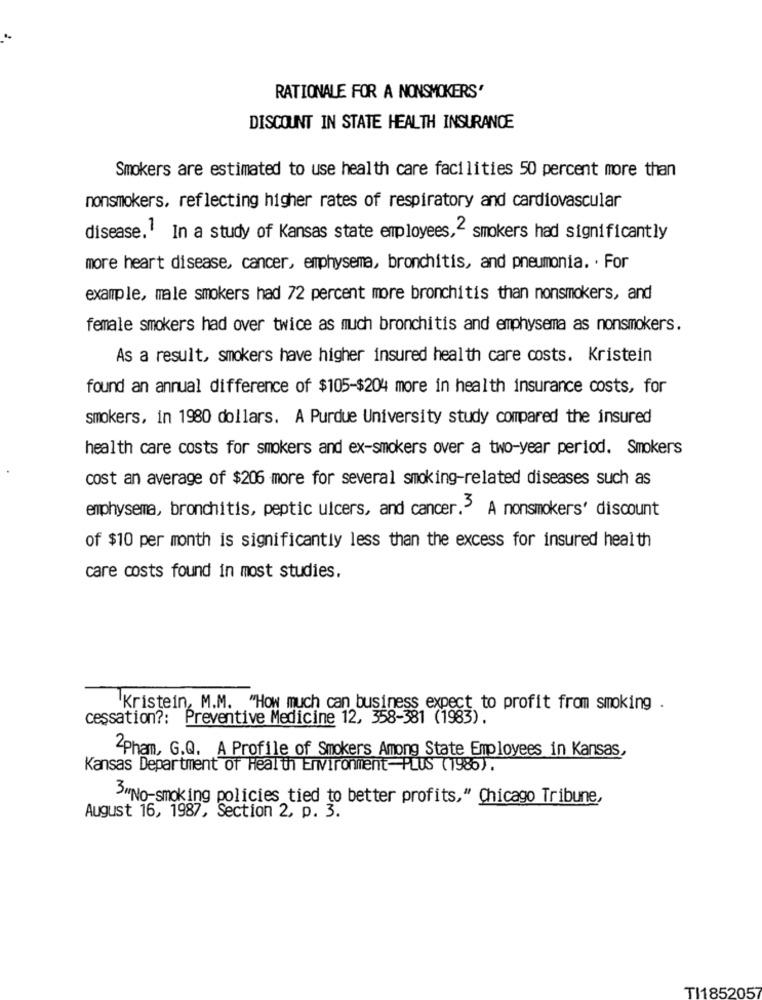
RATIONALE FOR A NONSMOKERS'
DISCOUNT IN STATE HEALTH INSURANCE
Smokers are estimated to use health care facilities 50 percent more than
nonsmokers, reflecting higher rates of respiratory and cardiovascular
disease. In a study of Kansas state employees,“ smokers had significantly
more heart disease, cancer, emphysema, bronchitis, and pneumonia. . For
example, male smokers had 72 percent more bronchitis than nonsmokers, and
female smokers had over twice as much bronchitis and emphysema as nonsmokers.
As a result, smokers have higher insured health care costs. Kristein
found an annual difference of $105-$204 more in health insurance costs, for
smokers, in 1980 dollars. A Purdue University study compared the insured
health care costs for smokers and ex-smokers over a two-year period. Smokers
cost an average of $206 more for several smoking-related diseases such as
emphysema, bronchitis, peptic ulcers, and cancer.5 A nonsmokers' discount
of $10 per month is significantly less than the excess for insured health
care costs found in most studies.
'Kristein, M.M. "How much can business expect to profit from smoking .
cessation ?: Preventive Medicine 12, 358-381 (1983).
2Pham, G.Q. A Profile of Smokers Among State Employees in Kansas,
Kansas Department of Health Environment-PLUS (1986).
3"No-smoking policies tied to better profits," Chicago Tribune,
August 16, 1987, Section 2, p. 3.
TI1852057